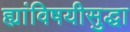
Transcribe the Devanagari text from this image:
ह्यांविषयीसुद्धा